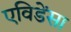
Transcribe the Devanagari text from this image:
एविडेंसा